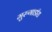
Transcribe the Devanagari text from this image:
मुरुगाडॉस